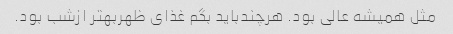
مثل همیشه عالی بود. هرچندباید بگم غذای ظهربهتر ازشب بود.